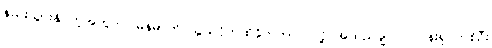
နည်းသွားနိုင်တဲ့အတွက် မြန်မာကို သွယ်ဝိုက်ထိခိုက်တာပဲ လို့ အထည်ချုပ်လုပ်ငန်းရှင်တစ်ဦး